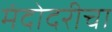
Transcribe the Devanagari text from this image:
मंदोदरीचा